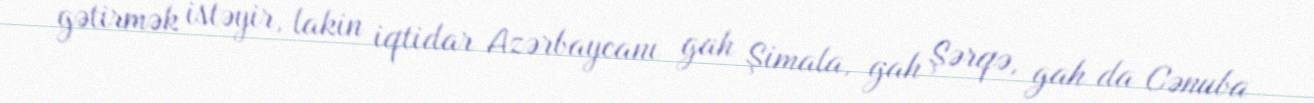
gətirmək istəyir, lakin iqtidar Azərbaycanı gah Şimala, gah Şərqə, gah da Cənuba